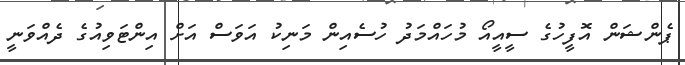
ޕެންޝަން އޮފީހުގެ ސީއީއޯ މުހައްމަދު ހުސެއިން މަނިކު އަވަސް އަށް އިންޓަވިއުގެ ދެއްވަނީ